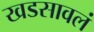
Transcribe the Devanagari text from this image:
खडसावलं